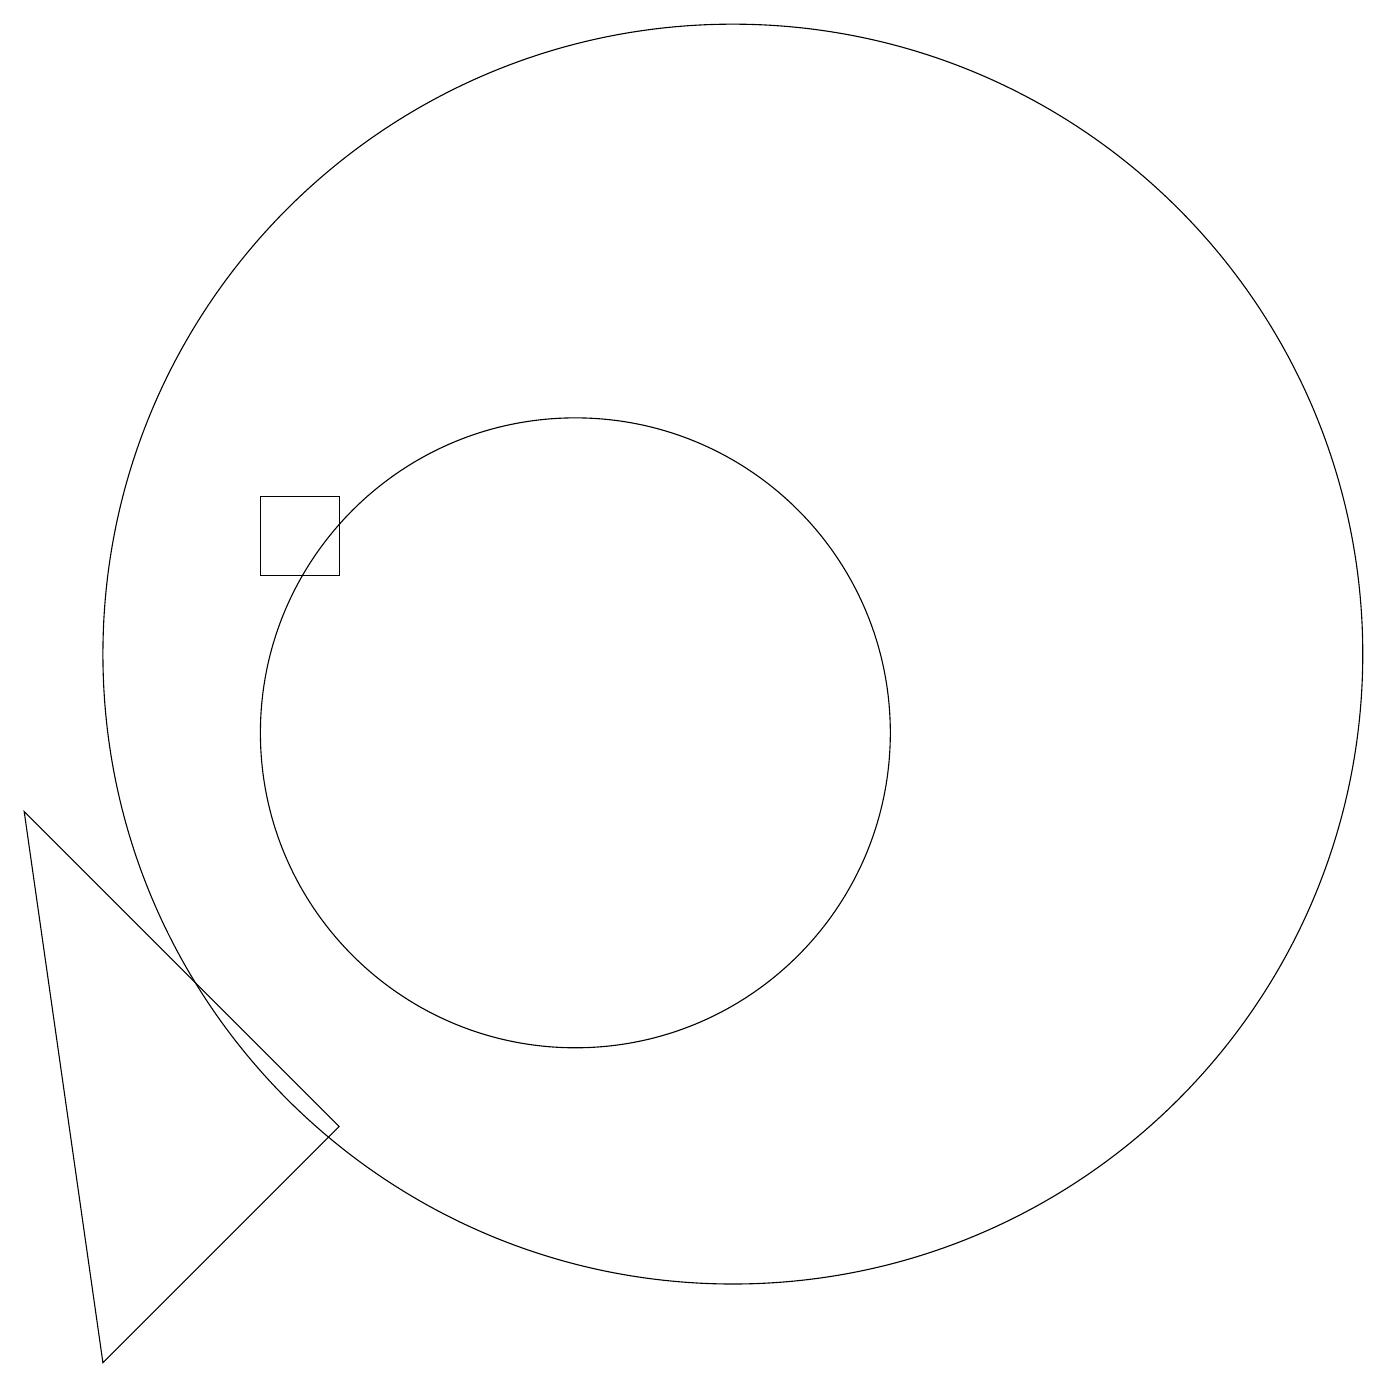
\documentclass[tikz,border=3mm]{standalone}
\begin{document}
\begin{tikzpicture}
\draw (7,5) -- (4,2) -- (3,9) -- cycle;
\draw (12,11) circle (8);
\draw (10,10) circle (4);
\draw (6,13) rectangle (7,12);
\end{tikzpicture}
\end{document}